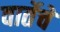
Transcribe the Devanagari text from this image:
वार्तेचे